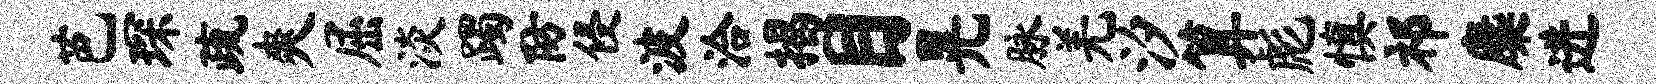
芭琛疏爽屈淡躅防侵波洽揭目晃脉羌汐算彪慎祁麋进